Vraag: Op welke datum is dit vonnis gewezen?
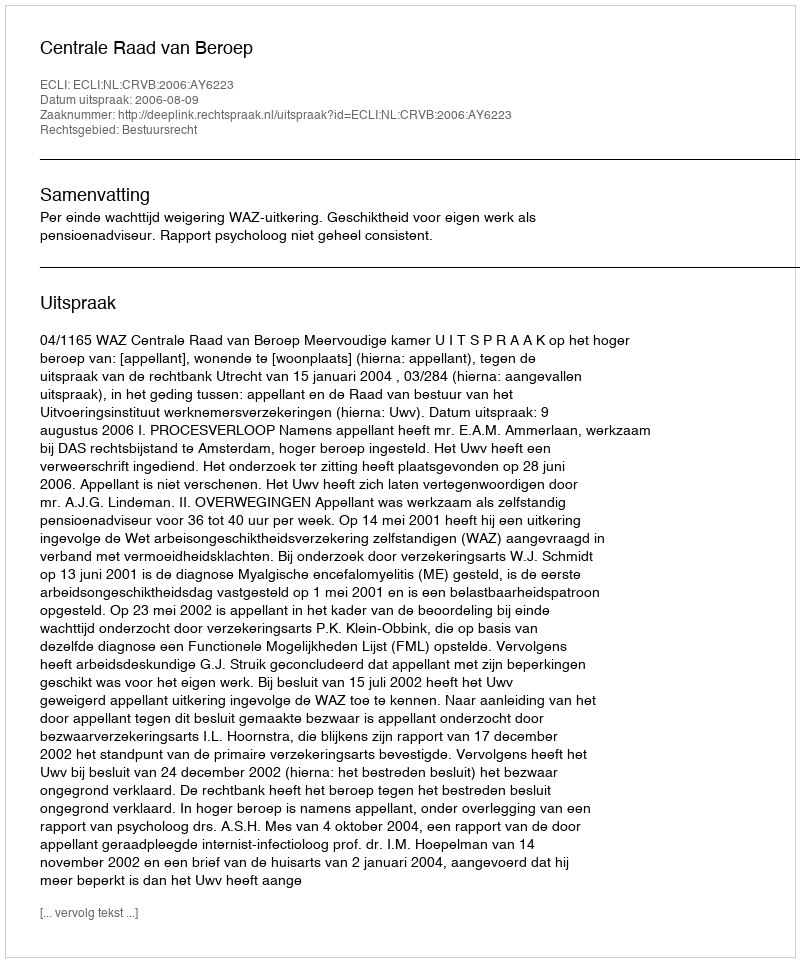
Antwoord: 2006-08-09